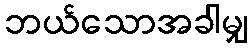
ဘယ်သောအခါမျှ